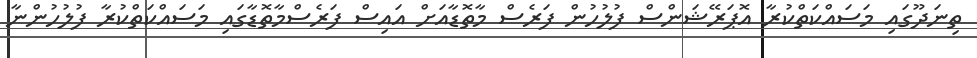
ތިނަދޫގައި މަސައްކަތްކުރާ އޮޕަރޭޝަންސް ފުލުހުން ފަރެސް މާތޮޑާއަށް އައިސް ފަރެސްމާތޮޑާގައި މަސައްކަތްކުރާ ފުލުހުންނާ